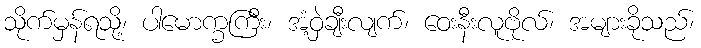
သိုက်မှန်ရသို့၊ ပါမောက္ခကြီး၊ အံ့ဝှဲချီးလျက်၊ ဝေးနီးလူဗိုလ်၊ အများခိုသည်၊